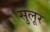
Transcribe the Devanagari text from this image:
सुलूर